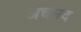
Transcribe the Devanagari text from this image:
अचमद